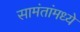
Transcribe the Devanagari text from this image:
सामंतांमध्ये